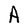
Character: A